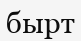
бырт